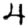
Digit: 4